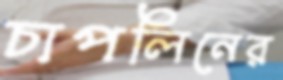
চাপলিনের